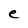
Character: e